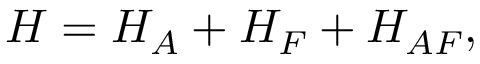
H = H _ { A } + H _ { F } + H _ { A F } ,